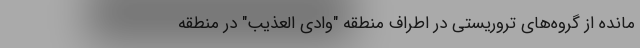
مانده از گروه‌های تروریستی در اطراف منطقه "وادی العذیب" در منطقه